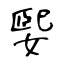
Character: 媐